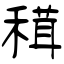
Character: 穁